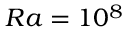
R a = 1 0 ^ { 8 }